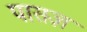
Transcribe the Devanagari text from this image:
पासज़